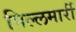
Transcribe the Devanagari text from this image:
पिल्‍लमार्री